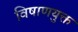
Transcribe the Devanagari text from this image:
विषाणयुक्त